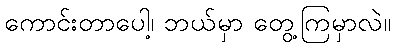
ကောင်းတာပေါ့၊ ဘယ်မှာ တွေ့ကြမှာလဲ။